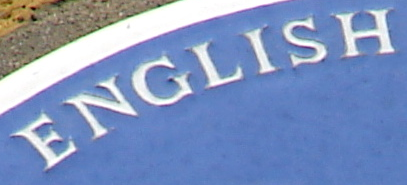
ENGLISH